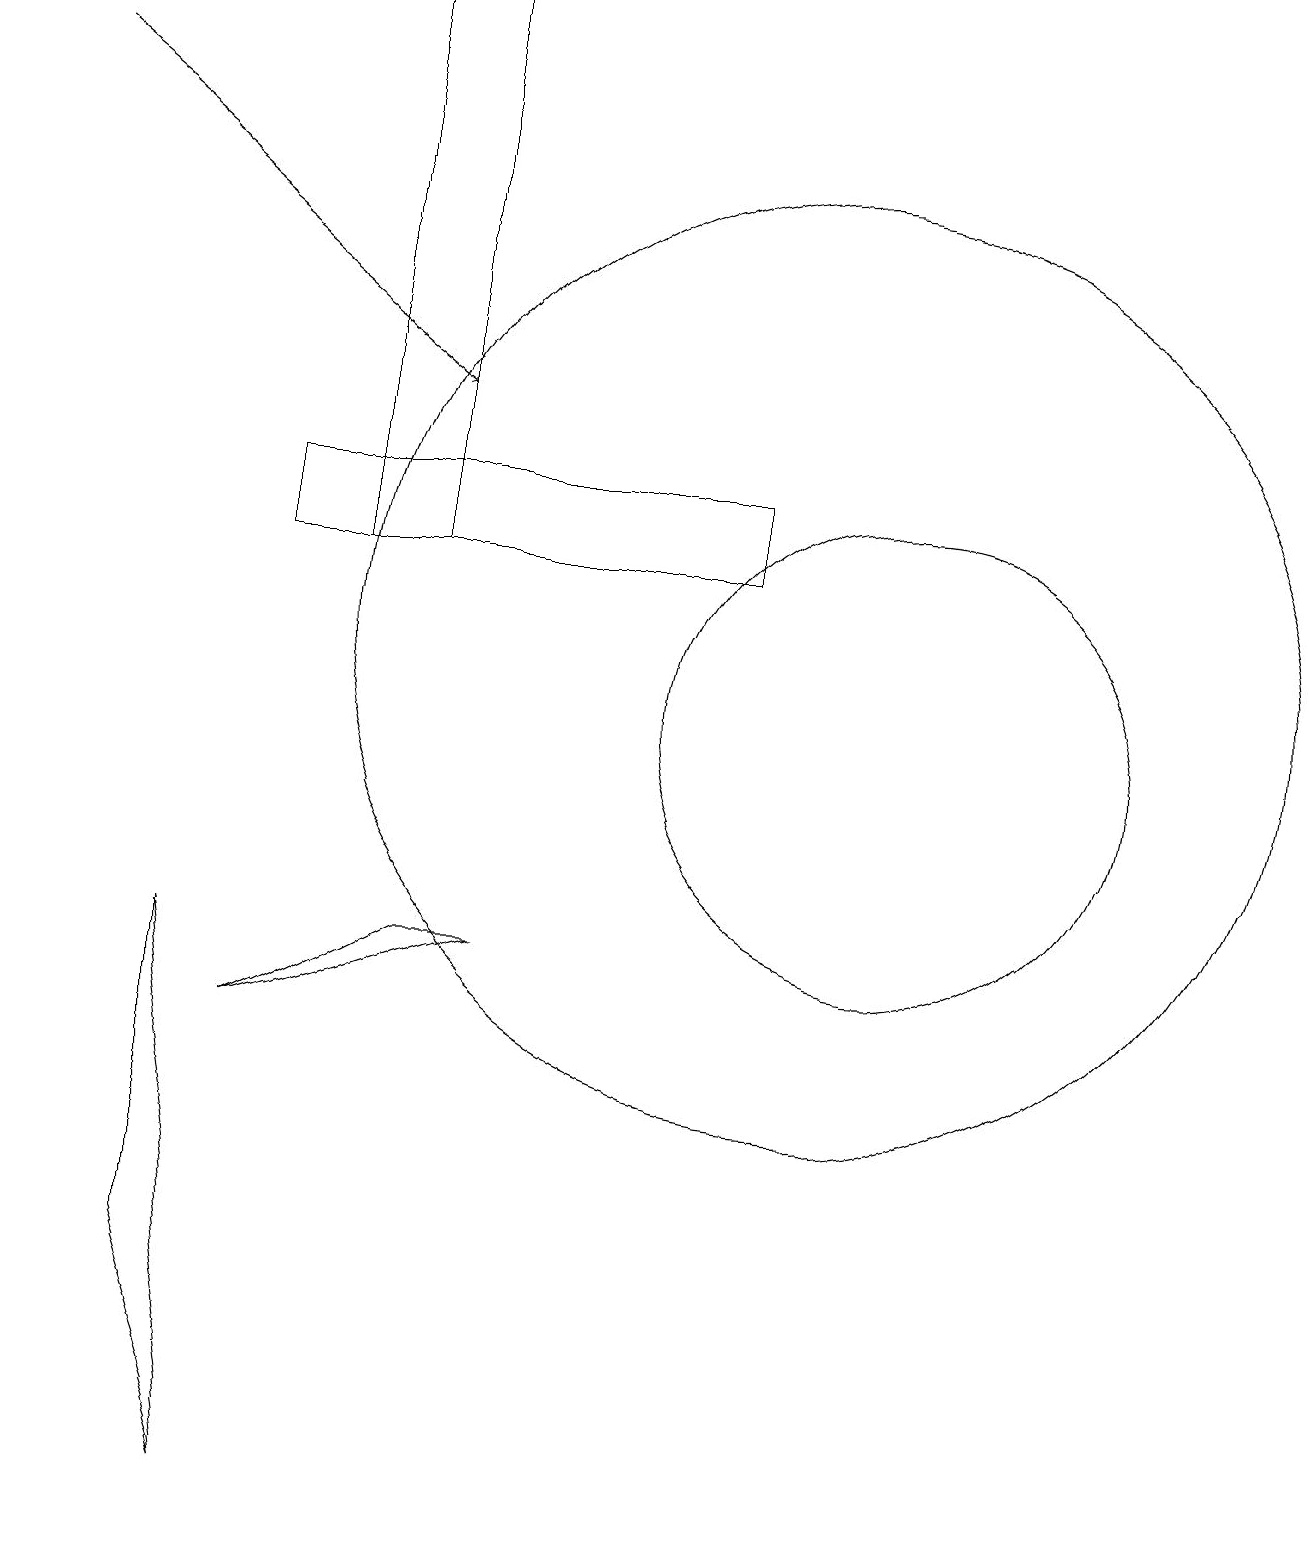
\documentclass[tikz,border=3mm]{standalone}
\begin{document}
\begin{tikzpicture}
\draw (11,10) circle (3);
\draw (2,7) -- (2,3) -- (3,0) -- cycle;
\draw (9,13) rectangle (3,12);
\draw (4,18) rectangle (4,19);
\draw (4,12) rectangle (5,19);
\draw (5,7) -- (3,6) -- (6,7) -- cycle;
\draw[->] (0,18) -- (5,14);
\draw (10,11) circle (6);
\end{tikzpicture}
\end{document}